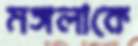
মঙ্গলাকে